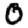
Digit: 0